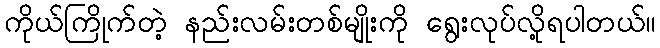
ကိုယ်ကြိုက်တဲ့ နည်းလမ်းတစ်မျိုးကို ရွေးလုပ်လို့ရပါတယ်။